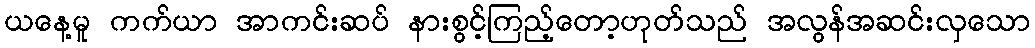
ယနေ့မူ ကက်ယာ အာကင်းဆပ် နားစွင့်ကြည့်တော့ဟုတ်သည် အလွန်အဆင်းလှသော